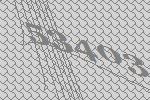
53403